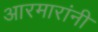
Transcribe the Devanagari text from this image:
आरमारांनी